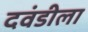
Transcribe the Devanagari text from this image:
दवंडीला